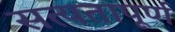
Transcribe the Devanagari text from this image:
सत्यतापूर्ण